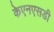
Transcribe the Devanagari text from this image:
केएनएसडी